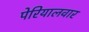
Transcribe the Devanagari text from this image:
पेरियालवार